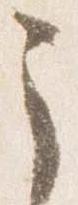
之